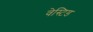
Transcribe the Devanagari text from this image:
वेस्टिड